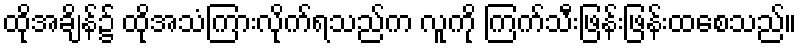
ထိုအချိန်၌ ထိုအသံကြားလိုက်ရသည်က လူကို ကြက်သီးဖြန်းဖြန်းထစေသည်။